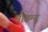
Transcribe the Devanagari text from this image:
मोहम्द